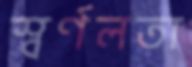
স্বর্ণলতা